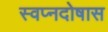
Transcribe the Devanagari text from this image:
स्वप्नदोषास